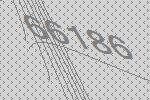
66186